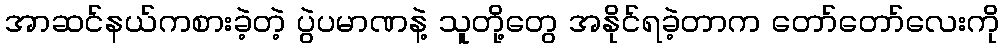
အာဆင်နယ်ကစားခဲ့တဲ့ ပွဲပမာဏနဲ့ သူတို့တွေ အနိုင်ရခဲ့တာက တော်တော်လေးကို